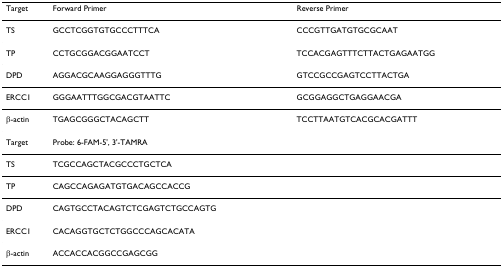
<table><thead><tr><td><b>Target</b></td><td><b>Forward Primer</b></td><td><b>Reverse Primer</b></td></tr></thead><tbody><tr><td>TS</td><td>GCCTCGGTGTGCCCTTTCA</td><td>CCCGTTGATGTGCGCAAT</td></tr><tr><td>TP</td><td>CCTGCGGACGGAATCCT</td><td>TCCACGAGTTTCTTACTGAGAATGG</td></tr><tr><td>DPD</td><td>AGGACGCAAGGAGGGTTTG</td><td>GTCCGCCGAGTCCTTACTGA</td></tr><tr><td>ERCC1</td><td>GGGAATTTGGCGACGTAATTC</td><td>GCGGAGGCTGAGGAACGA</td></tr><tr><td>β-actin</td><td>TGAGCGGGCTACAGCTT</td><td>TCCTTAATGTCACGCACGATTT</td></tr><tr><td>Target</td><td>Probe: 6-FAM-5&#x27;, 3&#x27;-TAMRA</td><td></td></tr><tr><td>TS</td><td>TCGCCAGCTACGCCCTGCTCA</td><td></td></tr><tr><td>TP</td><td>CAGCCAGAGATGTGACAGCCACCG</td><td></td></tr><tr><td>DPD</td><td>CAGTGCCTACAGTCTCGAGTCTGCCAGTG</td><td></td></tr><tr><td>ERCC1</td><td>CACAGGTGCTCTGGCCCAGCACATA</td><td></td></tr><tr><td>β-actin</td><td>ACCACCACGGCCGAGCGG</td><td></td></tr></tbody></table>